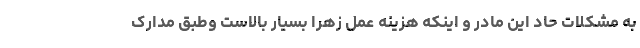
به مشکلات حاد این مادر و اینکه هزینه عمل زهرا بسیار بالاست وطبق مدارک